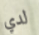
لدي